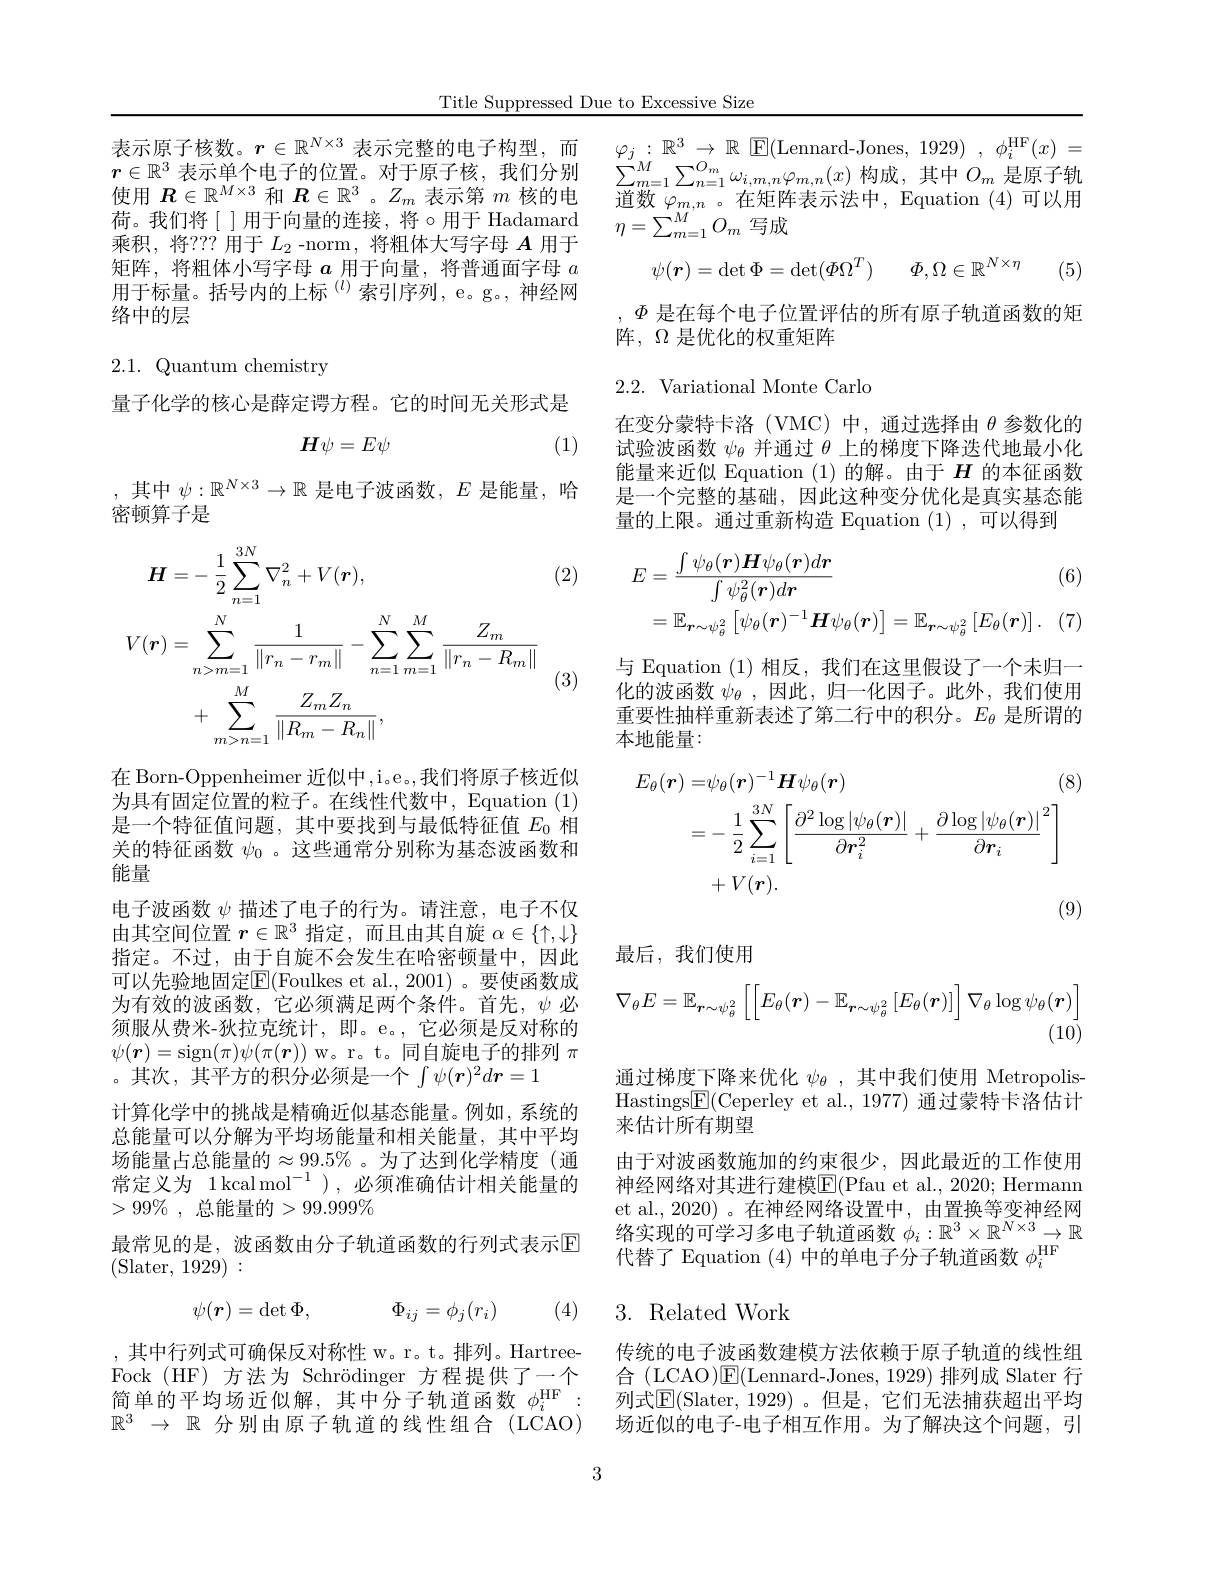
Title Suppressed Due to Excessive Size

表示原子核数。$r\in\mathbb{R}^{N\times3}$表示完整的电子构型，而$r\in\mathbb{R}^3$表示单个电子的位置。对于原子核，我们分别使用$\boldsymbol{R}\in\mathbb{R}^M\times3$和$\boldsymbol{R}\in\mathbb{R}^3$ 。$Z_m$表示第$m$核的电荷。我们将[]用于向量的连接，将$\circ$用于 Hadamard 乘积，将？??用于$L_2$ -norm,将粗体大写字母 $A$ 用于矩阵，将粗体小写字母$a$用于向量，将普通面字母$a$ 用于标量。括号内的上标$^{(l)}$索引序列，e。g。,神经网络中的层

## 2.1. Quantum chemistry

量子化学的核心是薛定谔方程。它的时间无关形式是
$$H\psi=E\psi $$
(1)

,其中$\psi:\mathbb{R}^{N\times3}\to\mathbb{R}$是电子波函数，$E$是能量，哈
密顿算子是
$$\begin{aligned}\text{H}&=-\:\frac{1}{2}\sum_{n=1}^{3N}\nabla_{n}^{2}+V(\boldsymbol{r}),\\V(\boldsymbol{r})&=\sum_{n>m=1}^{N}\frac{1}{\|r_{n}-r_{m}\|}-\sum_{n=1}^{N}\sum_{m=1}^{M}\frac{Z_{m}}{\|r_{n}-R_{m}\|}\\&+\sum_{m>n=1}^{M}\frac{Z_{m}Z_{n}}{\|R_{m}-R_{n}\|},\end{aligned}$$
(2)

(3)

在 Born-Oppenheimer 近似中，i。e。,我们将原子核近似为具有固定位置的粒子。在线性代数中，Equation (1) 是一个特征值问题，其中要找到与最低特征值$E_{0}$相关的特征函数$\psi_0$ 。这些通常分别称为基态波函数和能量
电子波函数$\psi$描述了电子的行为。请注意，电子不仅由其空间位置$r\in\mathbb{R}^3$指定，而且由其自旋$\alpha\in\{\uparrow,\downarrow\}$ 指定。不过，由于自旋不会发生在哈密顿量中，因此可以先验地固定$\boxed{\mathrm{F}}($Foulkes et al.,2001) 。要使函数成为有效的波函数，它必须满足两个条件。首先，$\psi$必须服从费米-狄拉克统计，即。e。,它必须是反对称的$\psi(\boldsymbol{r})=$sign$(\pi)\psi(\pi(\boldsymbol{r}))$ w。r。t。同自旋电子的排列$\pi$ 。其次，其平方的积分必须是一个$\int\psi(\boldsymbol{r})^2d\boldsymbol{r}=1$
计算化学中的挑战是精确近似基态能量。例如，系统的总能量可以分解为平均场能量和相关能量，其中平均场能量占总能量的$\approx99.5\%$。为了达到化学精度(通常定义为 1kcalmol$^-1)$,必须准确估计相关能量的$> 99\%$ , 总能量的$>99.999\%$
最常见的是，波函数由分子轨道函数的行列式表示$\mathbb{E}$
(Slater, 1929):
$$\psi(\boldsymbol{r})=\det\Phi,\quad\Phi_{ij}=\phi_j(r_i)$$
(4)

,其中行列式可确保反对称性 w。r。t。排列。HartreeFock(HF)方法为 Schrödinger 方程提供了一个简单的平均场近似解，其中分子轨道函数$\phi_i^\mathrm{HF}:$ $\mathbb{R}^3\to\mathbb{R}$分别由原子轨道的线性组合(LCAO)

$\varphi _j: \mathbb{R} ^3\to \mathbb{R}$ $\mathbb{E} ($Lennard-Jones,1929) , $\phi _i^\mathrm{HF}( x)$ = $\sum_{m=1}^{M}\sum_{n=1}^{O_{m}}\omega_{i,m,n}\varphi_{m,n}(x)$构成，其中$O_{m}$是原子轨道数$\varphi_{m,n}$ 。在矩阵表示法中，Equation (4)可以用$\eta=\sum_{m=1}^{M}O_{m}$写成
$$\psi(\boldsymbol r)=\det\Phi=\det(\Phi\Omega^T)\quad\Phi,\Omega\in\mathbb R^{N\times\eta}$$
(5)

$\Phi$是在每个电子位置评估的所有原子轨道函数的矩
阵，$\Omega$是优化的权重矩阵

2.2. Variational Monte Carlo

在变分蒙特卡洛(VMC)中，通过选择由$\theta$参数化的试验波函数$\psi_\mathrm{\theta}$并通过$\theta$上的梯度下降迭代地最小化能量来近似 Equation (1)的解。由于$H$的本征函数是一个完整的基础，因此这种变分优化是真实基态能量的上限。通过重新构造 Equation (1),可以得到
$$E=\frac{\int\psi_{\theta}(\boldsymbol{r})\boldsymbol{H}\psi_{\theta}(\boldsymbol{r})d\boldsymbol{r}}{\int\psi_{\theta}^{2}(\boldsymbol{r})d\boldsymbol{r}}\text{(6)}\\=\mathbb{E}_{\boldsymbol{r}\sim\psi_{\theta}^{2}}\left[\psi_{\theta}(\boldsymbol{r})^{-1}\boldsymbol{H}\psi_{\theta}(\boldsymbol{r})\right]=\mathbb{E}_{\boldsymbol{r}\sim\psi_{\theta}^{2}}\left[E_{\theta}(\boldsymbol{r})\right].\quad(7$$
与 Equation (1)相反，我们在这里假设了一个未归一化的波函数$\psi_\theta$ ,因此，归一化因子。此外，我们使用重要性抽样重新表述了第二行中的积分。$E_\mathrm{\theta}$是所谓的本地能量：
$$\begin{aligned}E_{\theta}(\boldsymbol{r})=&\psi_{\theta}(\boldsymbol{r})^{-1}\boldsymbol{H}\psi_{\theta}(\boldsymbol{r})&\text{(8)}\\&=-\:\frac{1}{2}\sum_{i=1}^{3N}\left[\frac{\partial^{2}\log|\psi_{\theta}(\boldsymbol{r})|}{\partial\boldsymbol{r}_{i}^{2}}+\frac{\partial\log|\psi_{\theta}(\boldsymbol{r})|}{\partial\boldsymbol{r}_{i}}^{2}\right]\\&+V(\boldsymbol{r}).\end{aligned}$$
最后，我们使用
$$\nabla_\theta E=\mathbb{E}_{\boldsymbol{r}\sim\psi_\theta^2}\left[\left[E_\theta(\boldsymbol{r})-\mathbb{E}_{\boldsymbol{r}\sim\psi_\theta^2}\left[E_\theta(\boldsymbol{r})\right]\right]\nabla_\theta\log\psi_\theta(\boldsymbol{r})\right]\\(10)$$
通过梯度下降来优化$\psi_\theta$ ,其中我们使用 MetropolisHastings$\boxed{\mathrm{E}}($Ceperley et al., 1977) 通过蒙特卡洛估计来估计所有期望
由于对波函数施加的约束很少，因此最近的工作使用神经网络对其进行建模$\overline{\mathrm{E}}($Pfau et al., 2020; Hermann et al., 2020) 。在神经网络设置中，由置换等变神经网络实现的可学习多电子轨道函数$\phi_i:\mathbb{R}^3\times\mathbb{R}^{N\times3}\to\mathbb{R}$ 代替了 Equation (4)中的单电子分子轨道函数$\phi_i^\mathrm{HF}$

# 3. Related Work

传统的电子波函数建模方法依赖于原子轨道的线性组合 (LCAO)$\mathsf{E}($Lennard-Jones, 1929) 排列成 Slater 行列式$\overline{\mathbb{E}}($Slater,1929)。但是，它们无法捕获超出平均场近似的电子-电子相互作用。为了解决这个问题，引

3